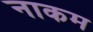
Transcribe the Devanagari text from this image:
नाकम